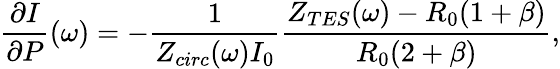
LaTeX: \frac{\partial I}{\partial P}(\omega)=-\frac{1}{Z_{circ}(\omega)I_{0}}\frac{Z_{TES}(\omega)-R_{0}(1+\beta)}{R_{0}(2+\beta)},